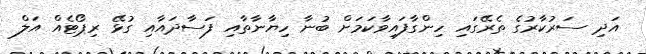
އަދި ސަރުކާރުގެ ތެރޭގައި ހިންގާފައިވާކަމަށް ބުނާ ހިޔާނާތާއި ފަސާދައާއި ގުޅޭ ރިޕޯޓެއް އަލް